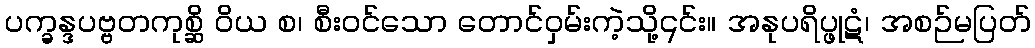
ပက္ခန္ဒပဗ္ဗတကုစ္ဆိ ဝိယ စ၊ စီးဝင်သော တောင်ဝှမ်းကဲ့သို့၎င်း။ အနုပရိပ္ဖုဋံ၊ အစဉ်မပြတ်